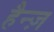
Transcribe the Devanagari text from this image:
हैन्ज़